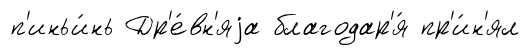
п'иньи́нь Др'е́вн'яjа благодар'я́ пр'и́н'ял